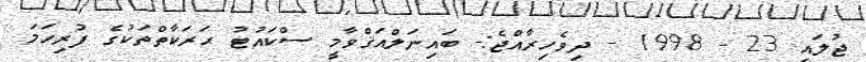
ޖުލައި 23 - 1998 - ދިވެހިރާއްޖެ:- ބައިނަލްއަޤްވާމީ ސްކައުޓު ޙަރަކާތްތަކުގެ ފުރިހަމަ